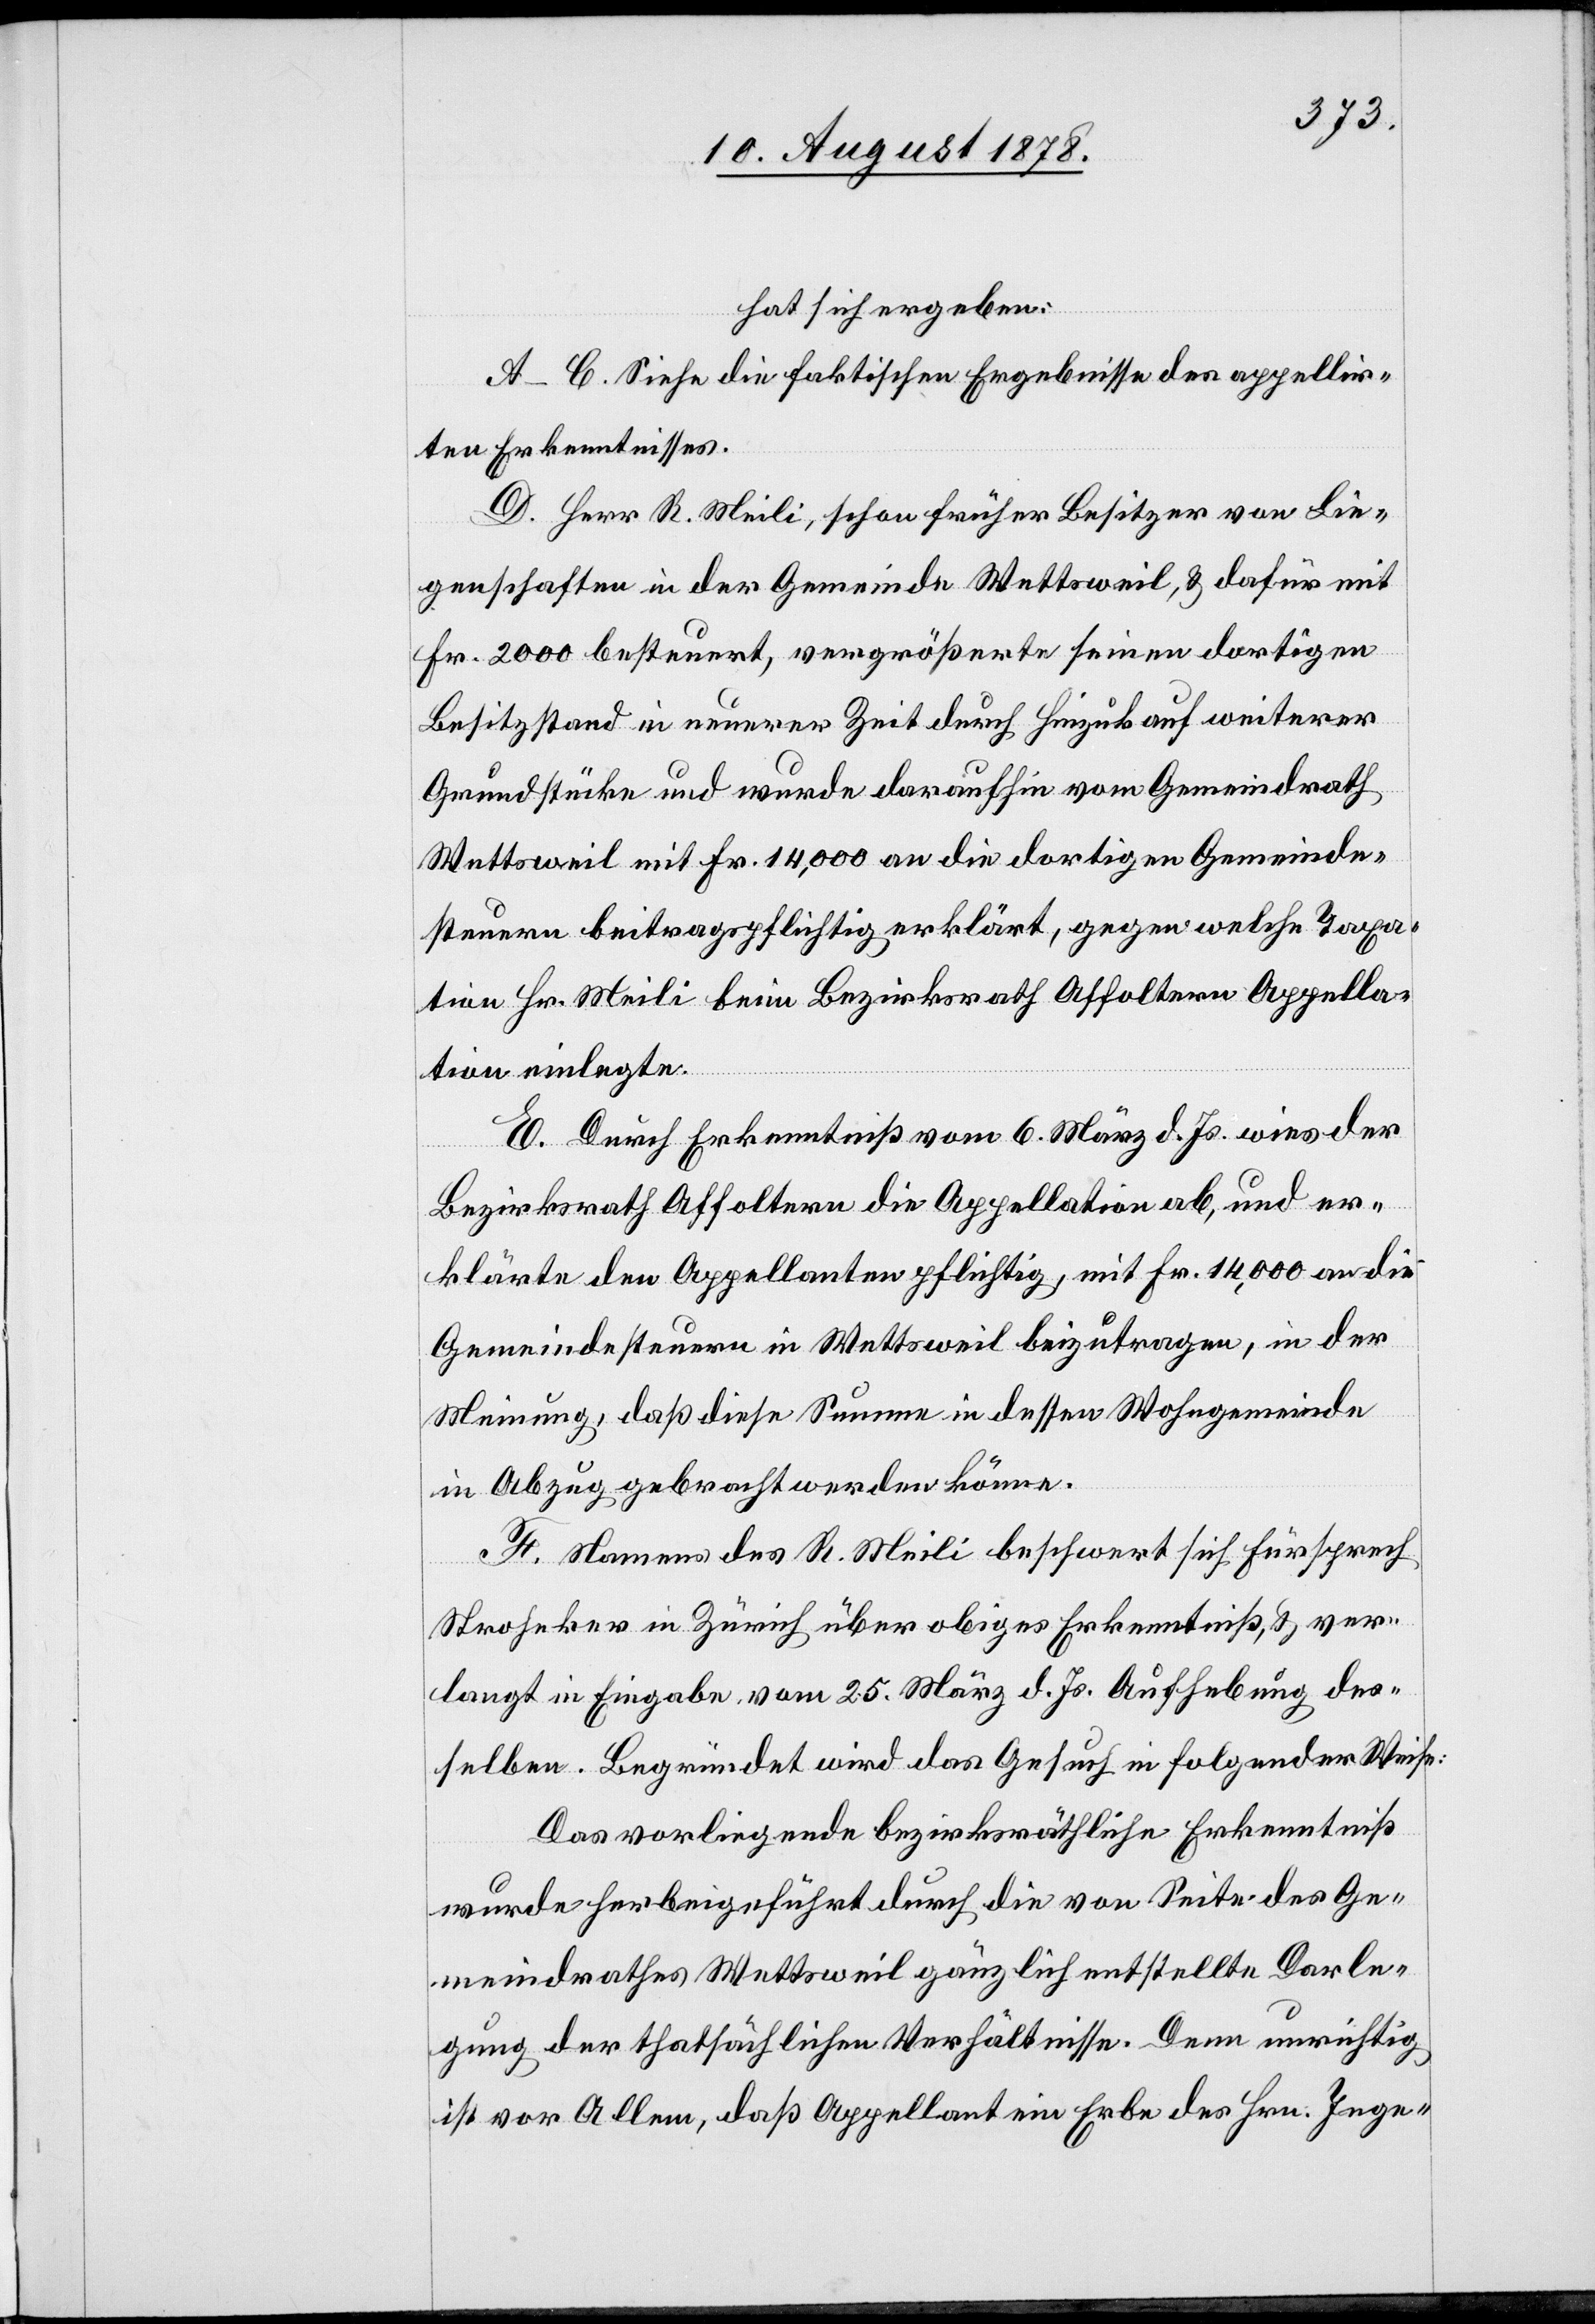
hat sich ergeben:
A–C. Siehe die faktischen Ergebnisse des appellir¬
ten Erkenntnisses.
D. Herr R. Meili, schon früher Besitzer von Lie¬
genschaften in der Gemeinde Wettsweil, & dafür mit
Fr. 2000 besteuert, vergrößerte seinen dortigen
Besitzstand in neuerer Zeit durch Hinzukauf weiterer
Grundstücke und wurde daraufhin vom Gemeindrath
Wettsweil mit Fr. 14,000 an die dortigen Gemeinde¬
steuern beitragpflichtig erklärt, gegen welche Taxa¬
tion Hr. Meili beim Bezirksrath Affoltern Appella¬
tion einlegte.
E. Durch Erkenntniß vom 6. März d. Js. wies der
Bezirksrath Affoltern die Appellation ab, und er¬
klärte den Appellanten pflichtig, mit Fr. 14,000 an die
Gemeindesteuern in Wettsweil beizutragen, in der
Meinung, daß diese Summe in dessen Wohngemeinde
in Abzug gebracht werden könne.
F. Namens des R. Meili beschwert sich Fürsprech
Stroheker in Zürich über obiges Erkenntniß, & ver¬
langt in Eingabe vom 25. März d. Js. Aufhebung des¬
selben. Begründet wird das Gesuch in folgender Weise:
Das vorliegende bezirksräthliche Erkenntniß
wurde herbeigeführt durch die von Seite des Ge¬
meindrathes Wettsweil gänzlich entstellte Darle¬
gung der thatsächlichen Verhältnisse. Denn unrichtig
ist vor Allem, daß Appellant ein Erbe des Hrn. Inge-